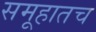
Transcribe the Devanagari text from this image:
समूहातच